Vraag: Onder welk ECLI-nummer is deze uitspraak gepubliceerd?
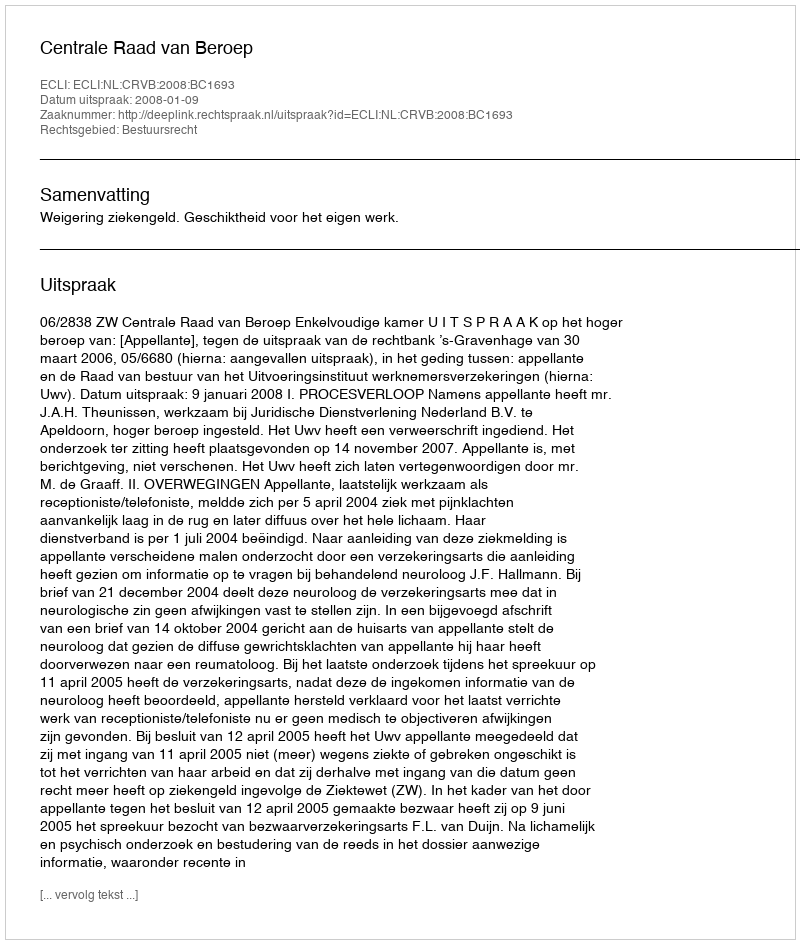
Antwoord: ECLI:NL:CRVB:2008:BC1693